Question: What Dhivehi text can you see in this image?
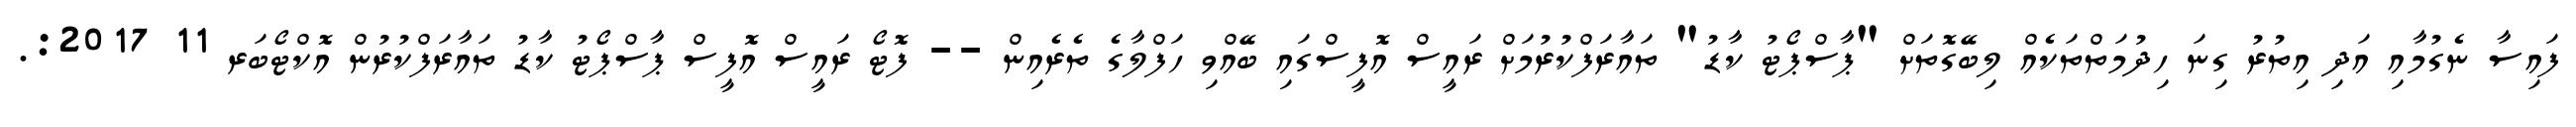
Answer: ފައިސާ ނެގުމާއި އަދި އިތުރު ގިނަ ހިދުމަތްތަކެއް ލިބޭގޮތަށް "ޕާސްޕޯޓު ކާޑު" ތައާރަފްކުރުމަށް ރައީސް އޮފީސްގައި ބޭއްވި ހަފްލާގެ ތެރެއިން -- ފޮޓޯ ރައީސް އޮފީސް ޕާސްޕޯޓު ކާޑު ތައާރަފްކުރުން އޮކްޓޯބަރ 11 2017:.